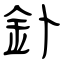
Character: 釙